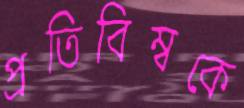
প্রতিবিম্বকে